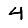
Digit: 4